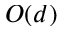
O ( d )